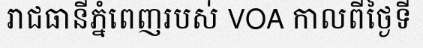
រាជធានីភ្នំពេញរបស់ VOA កាលពីថ្ងៃទី